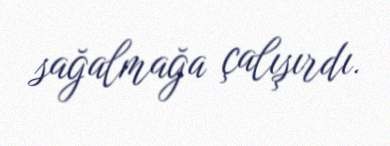
sağalmağa çalışırdı.